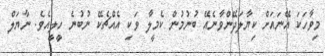
މިވާހަކަ އޭނައަށް ކިޔާލަދޭންވާނެއޭ ބުނުމުން ކެމީލާ ވަކި އެއްޗެކޭ ނުބުނެ ހީލީއެވެ. ނާޔަލް